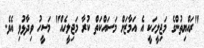
"ރައްޔިތުންގެ މަޖިލީހަކީ އެ އަމާޒަށް މަސައްކަތް ކުރާ މަޖިލީހެއް" މަސީހު ވިދާޅުވި އެވެ.